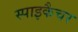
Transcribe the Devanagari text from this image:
स्पाइकैचर